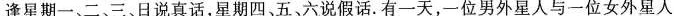
逢星期一、二、三、日说真话，星期四、五、六说假话.有一天，一位男外星人与一位女外星人